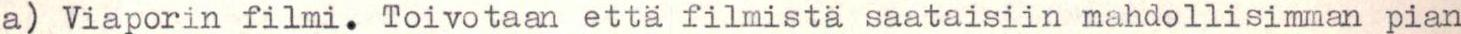
a) Viaporin filmi. Toivotaan että filmistä saataisiin mahdollisimman pian